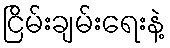
ငြိမ်းချမ်းရေးနဲ့